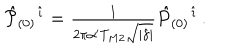
{ \hat { \cal P } } _ { ( 0 ) } { } ^ { \hat { \imath } } = { \textstyle \frac { 1 } { 2 \pi \alpha ^ { \prime } T _ { M 2 } \sqrt { | \hat { \gamma } | } } } { \hat { P } } _ { ( 0 ) } { } ^ { \hat { \imath } } \, .